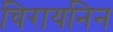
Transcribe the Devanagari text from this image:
चिरायनिन